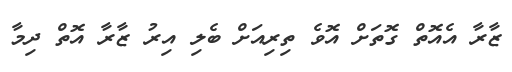
ޒާރާ އެއޮތް ގޮތަށް އޮވެ ތިރިއަށް ބެލި އިރު ޒާރާ އޮތް ދިމާ